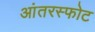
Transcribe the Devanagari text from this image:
आंतरस्फोट